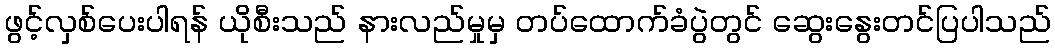
ဖွင့်လှစ်ပေးပါရန် ယိုစီးသည် နားလည်မှုမှ တပ်ထောက်ခံပွဲတွင် ဆွေးနွေးတင်ပြပါသည်